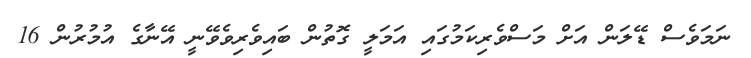
ނަމަވެސް ޑޭލަން އަށް މަސްވެރިކަމުގައި އަމަލީ ގޮތުން ބައިވެރިވެވޭނީ އޭނާގެ އުމުރުން 16